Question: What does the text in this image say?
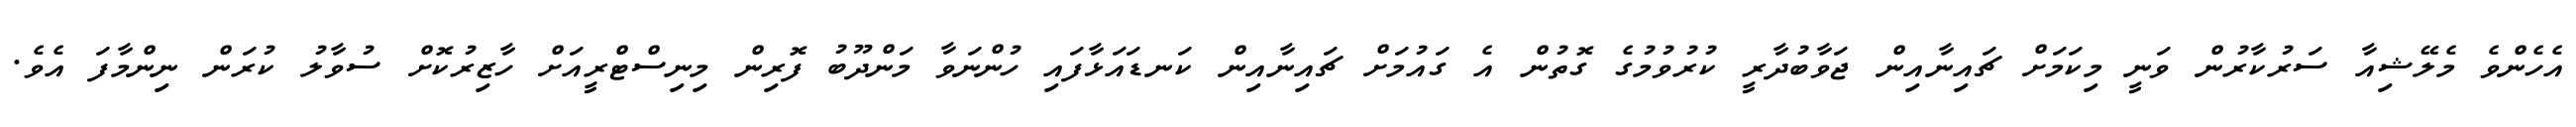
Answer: އެހެންވެ މެލޭޝިއާ ސަރުކާރުން ވަނީ މިކަމަށް ޗައިނާއިން ޖަވާބުދާރީ ކުރުވުމުގެ ގޮތުން އެ ގައުމަށް ޗައިނާއިން ކަނޑައަޅާފައި ހުންނަވާ މަންދޫބު ފޮރިން މިނިސްޓްރީއަށް ހާޒިރުކޮށް ސުވާލު ކުރަން ނިންމާފަ އެވެ.